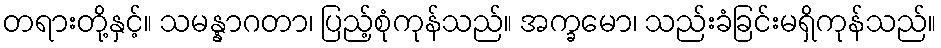
တရားတို့နှင့်။ သမန္နာဂတာ၊ ပြည့်စုံကုန်သည်။ အက္ခမော၊ သည်းခံခြင်းမရှိကုန်သည်။